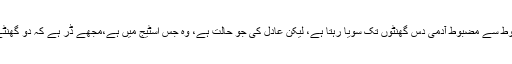
مجبوراً ڈاکٹر کو بلا کر اُسے نیند کا انجکشن دینا پڑا، لیکن ڈاکٹر کہتا ہے اِس انجکشن سے مضبوط سے مضبوط آدمی دس گھنٹوں تک سویا رہتا ہے، لیکن عادل کی جو حالت ہے، وہ جس اسٹیج میں ہے،مجھے ڈر ہے کہ دو گھنٹے بعد ہی اِس انجکشن کا اثر ختم ہو جائے گا اور اِس کی حالت پھر اُسی طرح سے ہو جائے گی۔